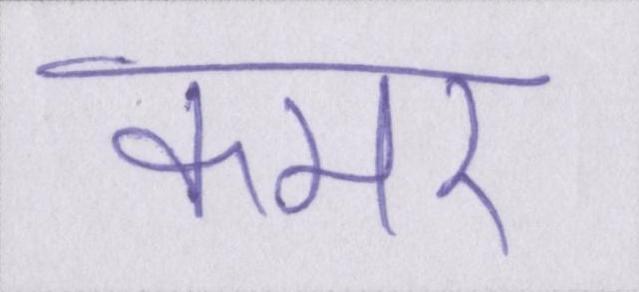
कमर